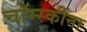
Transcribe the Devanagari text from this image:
चॉम्स्कींना